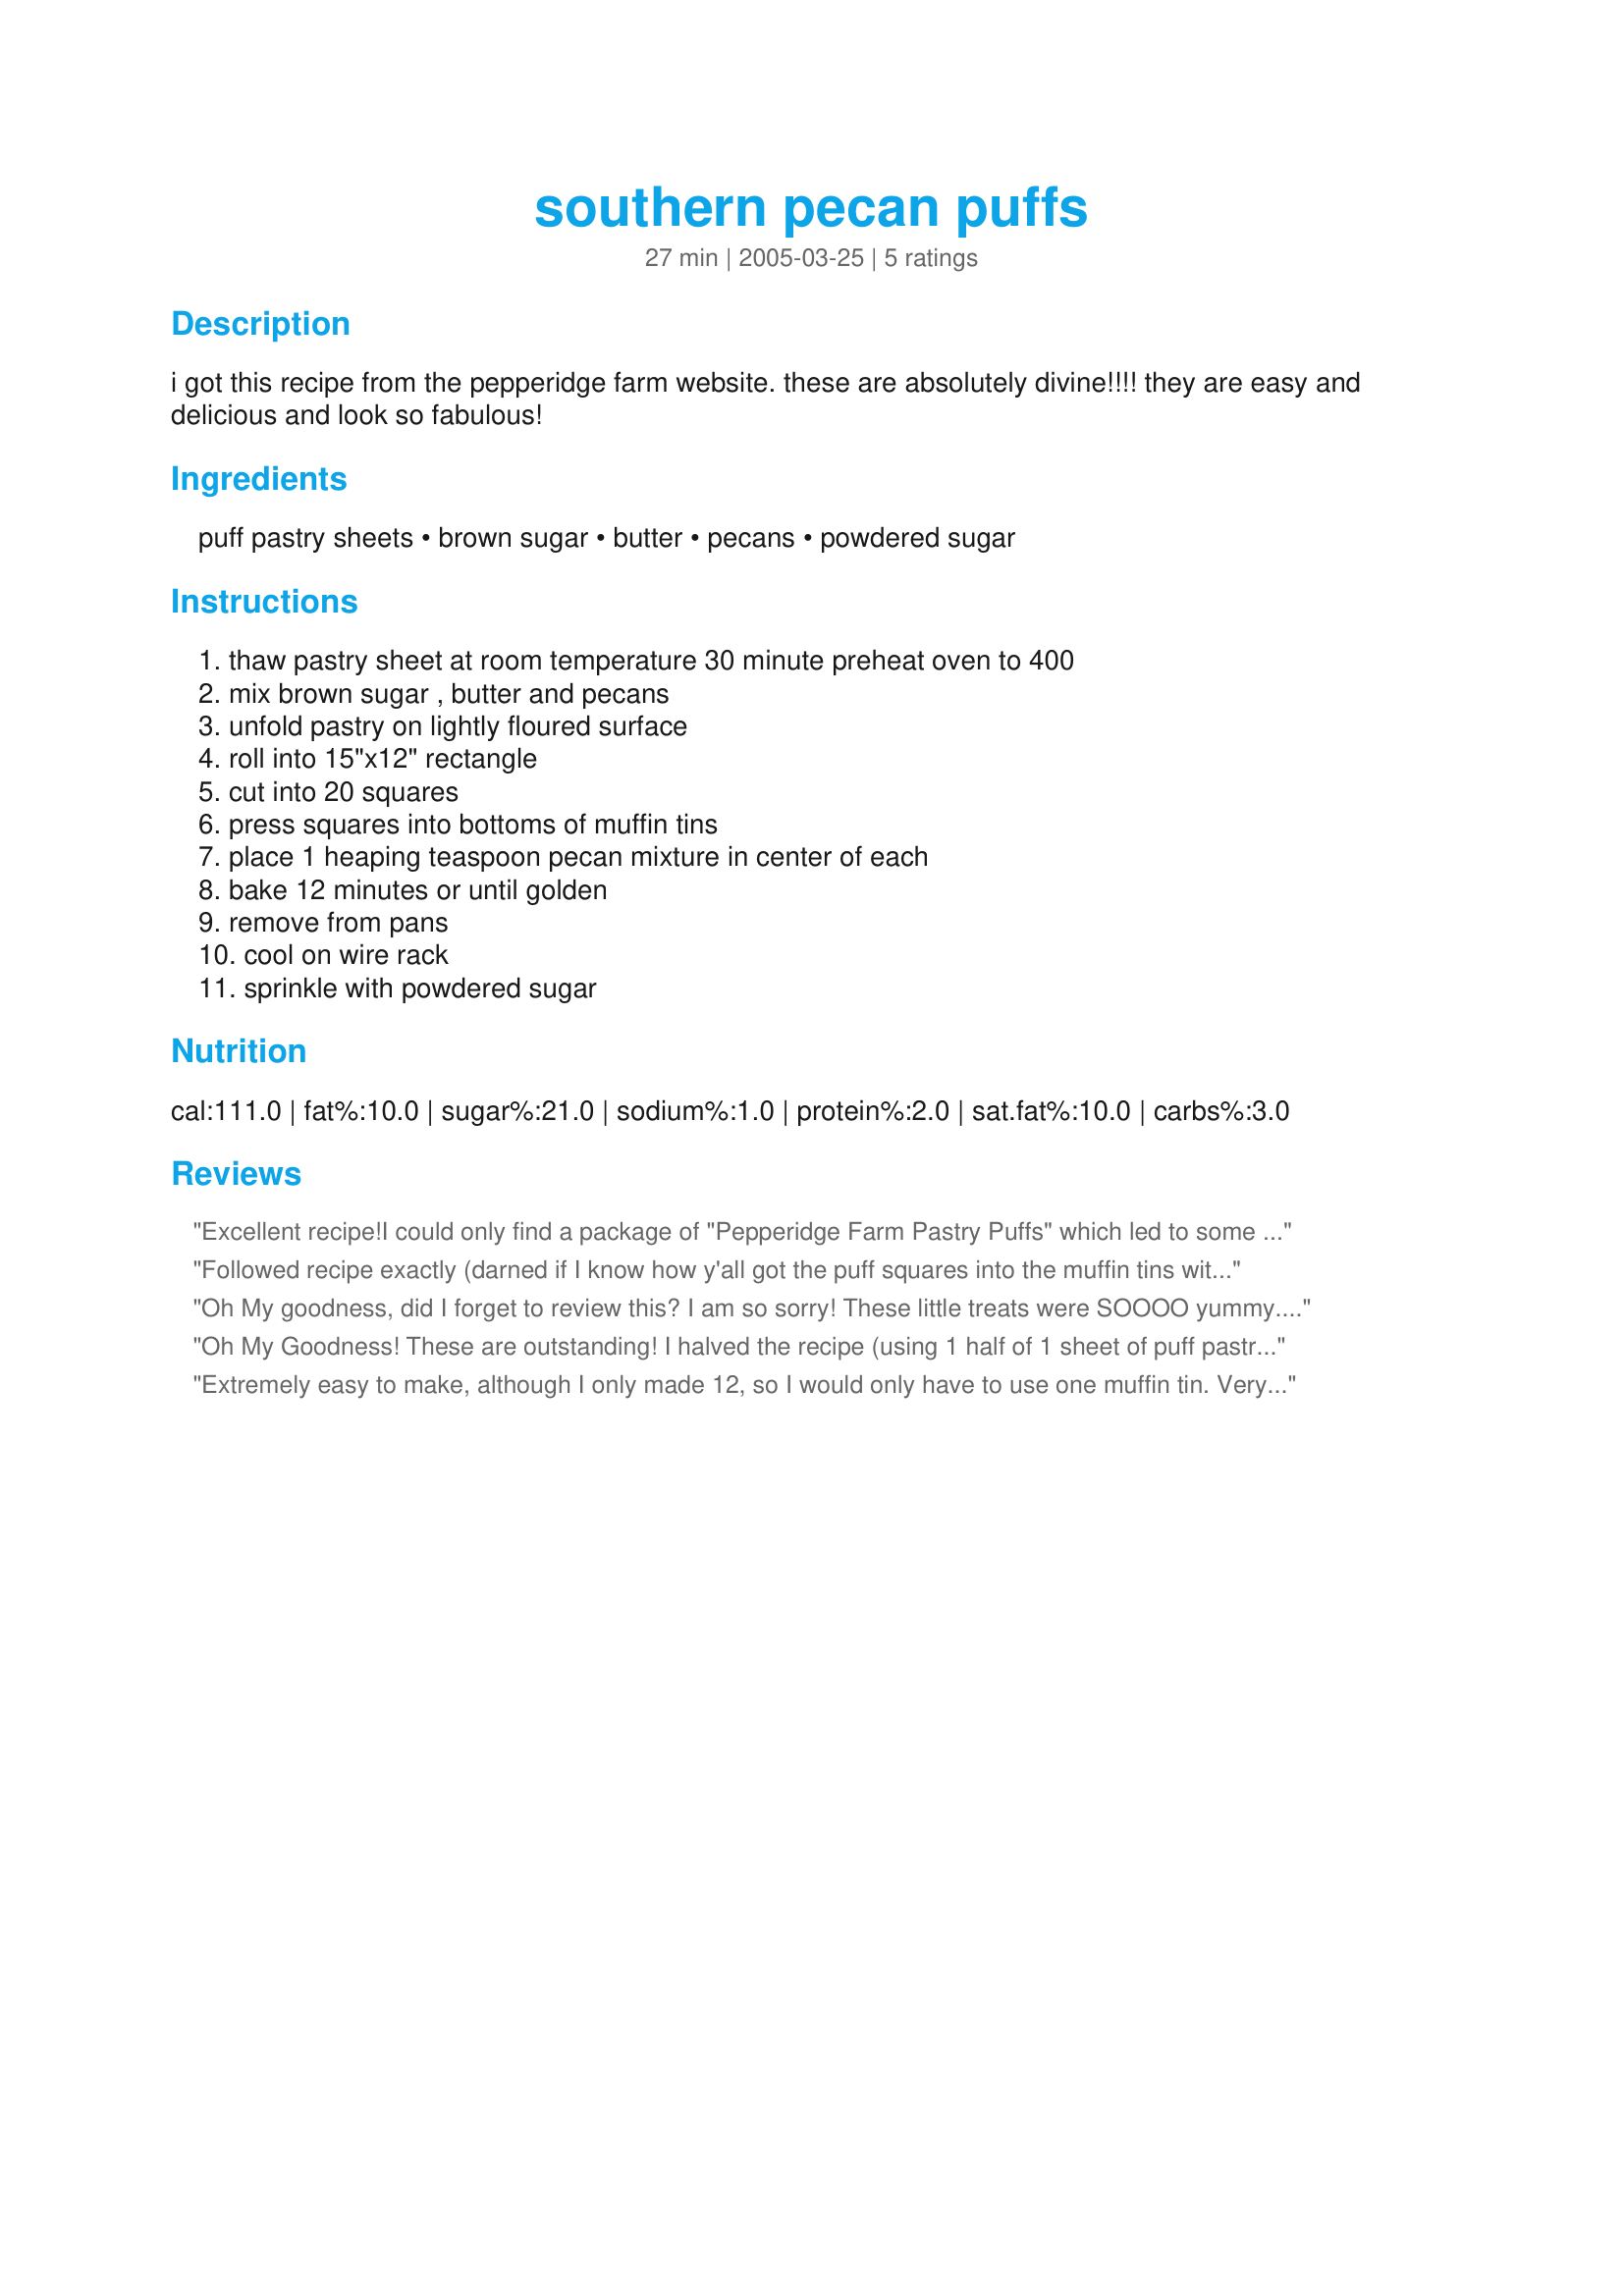
southern pecan puffs
Preparation time: 27 minutes

i got this recipe from the pepperidge farm website. these are absolutely divine!!!! they are easy and delicious and look so fabulous!

Ingredients:
puff pastry sheets, brown sugar, butter, pecans, powdered sugar

Steps:
thaw pastry sheet at room temperature 30 minute preheat oven to 400, mix brown sugar , butter and pecans, unfold pastry on lightly floured surface, roll into 15"x12" rectangle, cut into 20 squares, press squares into bottoms of muffin tins, place 1 heaping teaspoon pecan mixture in center of each, bake 12 minutes or until golden, remove from pans, cool on wire rack, sprinkle with powdered sugar

Reviews:
Excellent recipe!I could only find a package of "Pepperidge Farm Pastry Puffs" which led to some changes, I doubled the filling amount(6 pastry puffs)and had some leftover changed the bake time per the box and actually put the filling in halfway through. The puffs have a "lid" that I removed when I put in the filling and then allowed them to continue to bake alongside the filled puffs. Then replaced the "lids"and served when cooled.One bite and I decided they didnt need the powdered sugar---they were delicious as is. Addictive little morsels---you've been warned--:)PeggyLynn

Followed recipe exactly (darned if I know how y'all got the puff squares into the muffin tins without the pastry breaking and having to be repaired). The filling was rock hard.
Even my young Grandsons turned these down after one bite.
Oh My goodness, did I forget to review this? I am so sorry! These little treats were SOOOO yummy. They were super easy to throw together, and they tasted like pecan pie! I got so excited to eat these little guys that I forgot the powdered sugar. I am sorry! But they were definately 5 stars anyway!
Oh My Goodness! These are outstanding! I halved the recipe (using 1 half of 1 sheet of puff pastry), but it went together so quickly, I couldn't believe it...I did use 1 mini muffin tin, and my quantity was 10. These would be lovely on a dessert tray, and luscious with an after dinner coffee! Thanks, Charmie777 for sharing a great recipe. Made for ZWT 5.
Extremely easy to make, although I only made 12, so I would only have to use one muffin tin. Very tasty, although a little overly sweet. Based on previous comments I didn't add any powdered sugar, and they were plenty sweet without it. A good recipe, fast and easy, to try.
